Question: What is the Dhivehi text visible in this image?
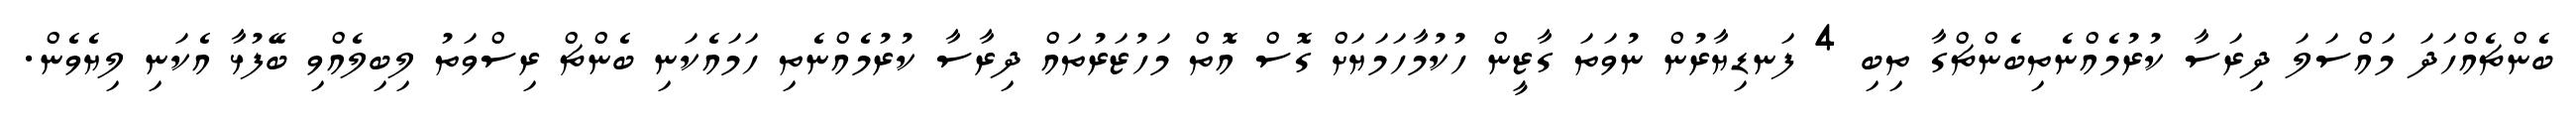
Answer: ބެންޗެއްހަދަ މައްސަލަ ދިރަސާ ކުރުމެއްނެތިބެންޗްގާ ތިބި 4 ފަނޑިޔާރުން ނުވަތަ ގާޒީން ހުކުމާހަމަޔަށް ގޮސް އޮތް މަހުޒަރުތައް ދިރާސާ ކުރުމެއްނެތި ހަމައެކަނި ބެންޗް ރިސްވަތު ލިބިލެއްވި ބޭފުޅާ އެކަނި ލިޔެވެން.